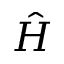
\hat { H }